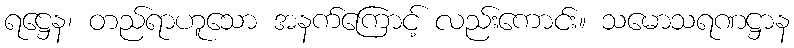
ရဋ္ဌေန၊ တည်ရာဟူသော အနက်ကြောင့် လည်းကောင်း။ သမောသရဏဋ္ဌာန